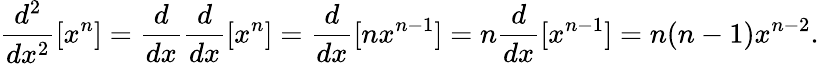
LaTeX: {\frac{d^{2}}{dx^{2}}}[x^{n}]={\frac{d}{dx}}{\frac{d}{dx}}[x^{n}]={\frac{d}{dx}}[nx^{n-1}]=n{\frac{d}{dx}}[x^{n-1}]=n(n-1)x^{n-2}.